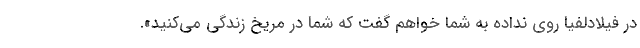
در فیلادلفیا روی نداده به شما خواهم گفت که شما در مریخ زندگی می‌کنید».